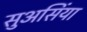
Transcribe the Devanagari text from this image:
सुअसिंया